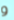
و